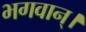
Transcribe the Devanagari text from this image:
भगवान्‌।